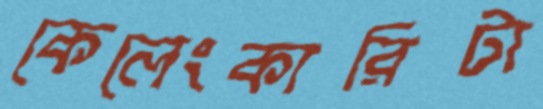
কেলেংকারিটা